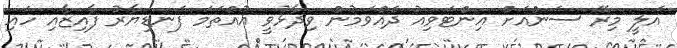
އަލީ މިރޭ ސަންއަށް އިންޓަވިއު ދެއްވަމުން ވިދާޅުވީ އުއްތަމަ ފަނޑިޔާރު ފާއިޒާއި ހައި